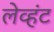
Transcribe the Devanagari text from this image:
लेव्हंट